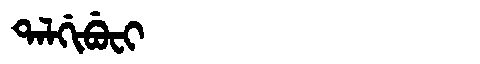
Manchu: ᡨᠠᠯᡤᡳᠪᡠᠸᡳ
Romanization: TALGIBUFI